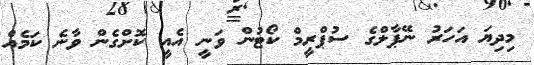
މިދިޔަ އަހަރު ނޭޕާލްގެ ސުޕްރީމް ކޯޓުން ވަނީ އެއީ ކޮށްގެން ވާނެ ކަމެއް